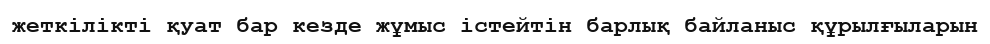
жеткілікті қуат бар кезде жұмыс істейтін барлық байланыс құрылғыларын